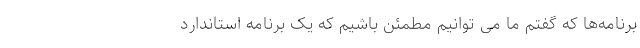
برنامه‌ها که گفتم ما می توانیم مطمئن باشیم که یک برنامه استاندارد